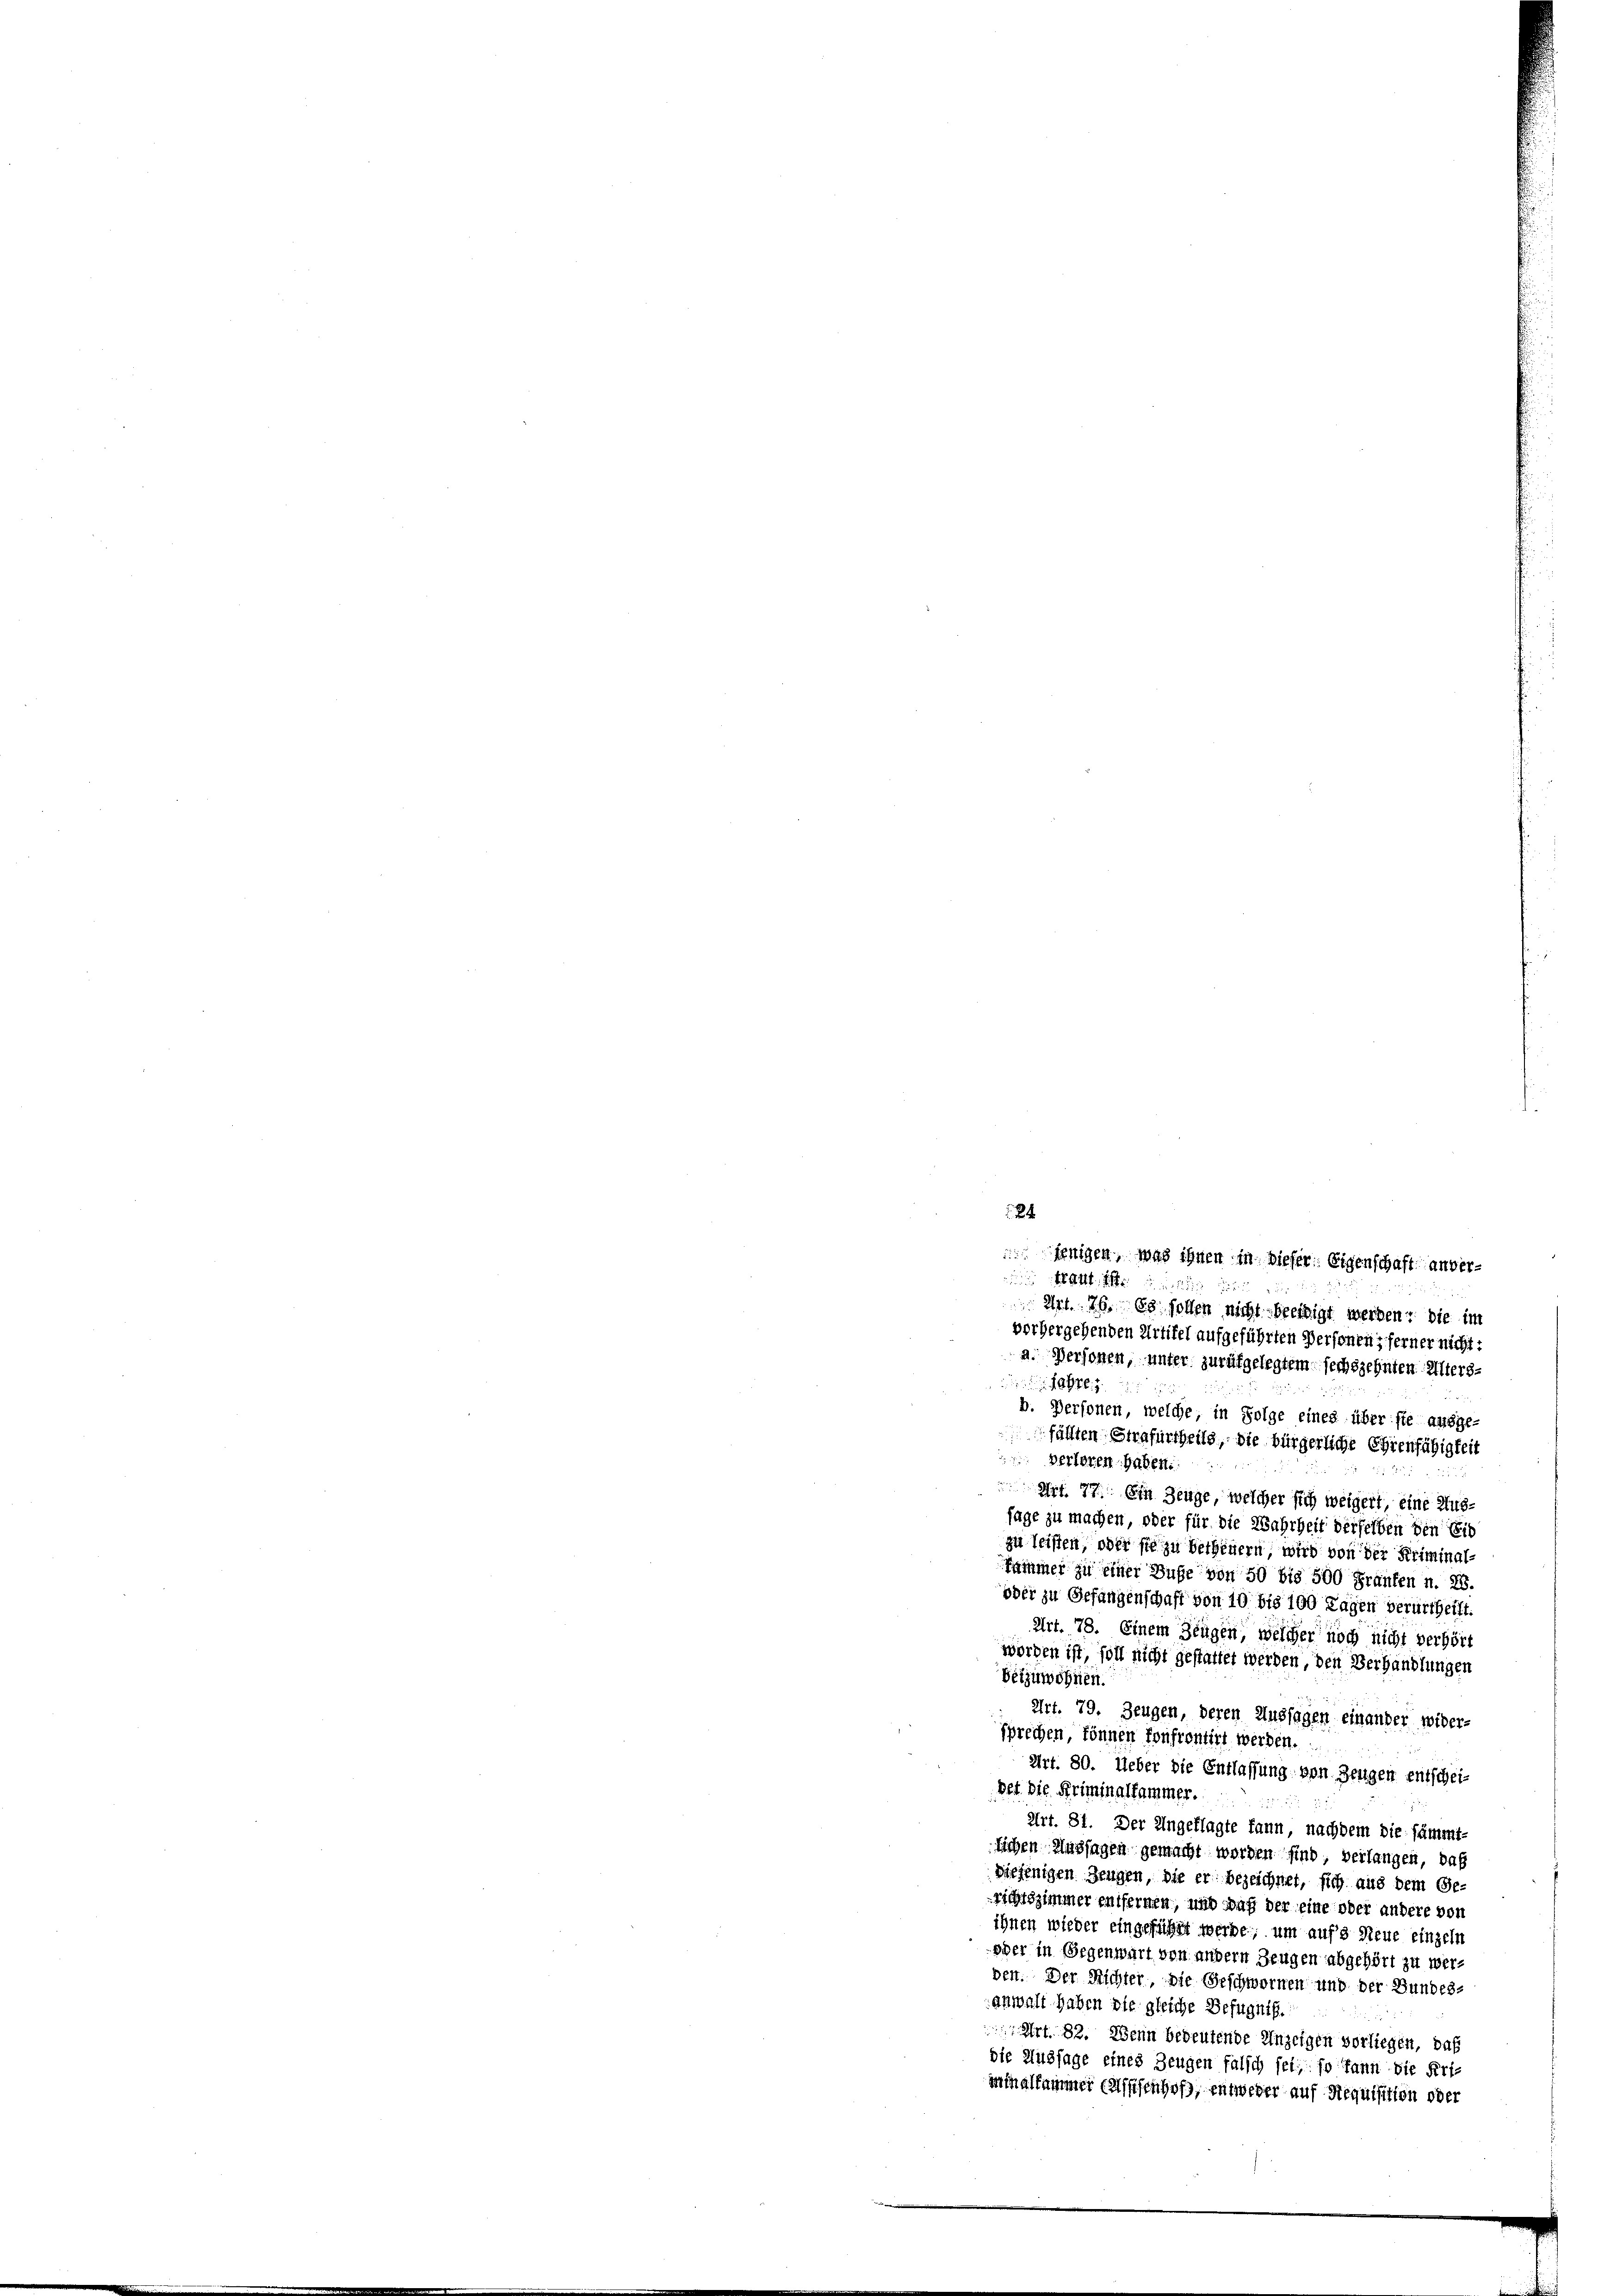
24
jenigen, was ihnen in dieser Eigenschaft anver¬

18 Art. 1
Art. 76. Es sollen nicht beeidigt werden: die im
vorhergehenden Artikel aufgeführten Personen; ferner nicht:
a. Personen, unter zurükgelegtem sechszehnten Elters-
0
b. Personen, welche, in Folge eines über sie ausge-
fällten Strafurtheils, die bürgerliche Ehrenfähigkeit
verloren haben.
Art. 77. Ein Zeuge, welcher sich weigert, eine Ausfage zu machen, oder für die Wahrheit derselben den Eib
zu leisten, oder sie zu betheuern wird von der Kriminal-
fammer zu einer Buße von 50 bis 500 Franken n. F
oder zu Gefangenschaft von 10 bis 100 Tagen verurtheilt.
Art. 78. Einem Zeugen, welcher noch nicht verhört
worden ist, soll nicht gestattet werden, den Verhandlungen
Beizuwohnen.
n
Art. 79. Zeugen, deren Aussagen einander wider-
sprechen, können Konfrontirt werden.
Art. 80. Ueber die Entlassung von Zeugen entschei-
bet. Die Kriminalfammer.
Art. 81. Der Angeklagte kann, nachdem die sämmtlichen Aussagen gemacht worden sind, verlangen, daß
diejenigen Zeugen, die er bezeichnet, sich aus dem Ge-
richtszimmer entfernen, und auf der eine oder andere von
ihnen wieder eingeführt werde, um aufs Neue einzeln
eger in Gegenwart von andern Zeugen abgehört zu werden. Der Richter, die Geschwornen und der Bundes-
anwalt haben die gleiche Befugnis.
Art. 82. Wenn bedeutende Anzeigen vorliegen, daß
die Aussage eines Zeugen falsch sei, so kann die Uriminalsammer Ellseifenhof, entweder auf Requisition oder